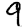
Digit: 9